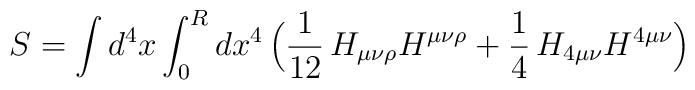
S=\int d^4x\int_0^Rdx^4\,\Bigl(\frac{1}{12}\,H_{\mu\nu\rho}H^{\mu\nu\rho}+\frac{1}{4}\,H_{4\mu\nu}H^{4\mu\nu}\Bigr)